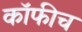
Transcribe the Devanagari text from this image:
कॉफीच